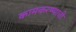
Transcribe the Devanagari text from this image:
कामकरण्याची